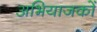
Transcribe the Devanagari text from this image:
अभियाजकों